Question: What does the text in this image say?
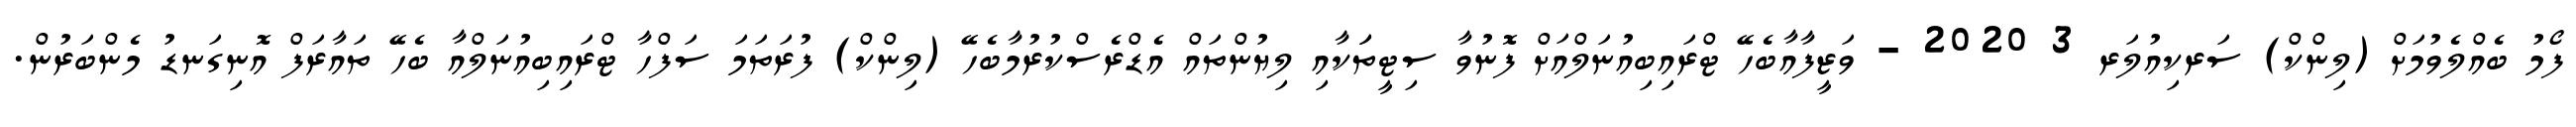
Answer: ފޯމު ބެއްލެވުމަށް (ލިންކް) ސަރކިއުލަރ 3 2020 - ވަޒީފާއާބެހޭ ޓްރައިބިއުނަލްއަށް ފޮނުވާ ސިޓީތަަކާއި ލިޔުންތައް އެޑްރެސްކުރުމާބެހޭ (ލިންކް) ފުރަތަމަ ސަފްހާ ޓްރައިބިއުނަލްއާ ބެހޭ ތައާރަފް އޮނިގަނޑު މެންބަރުން.